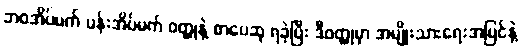
ဘဝအိပ်မက် ပန်းအိပ်မက် ဝတ္ထုနဲ့ စာပေဆု ရခဲ့ပြီး ဒီဝတ္ထုမှာ အမျိုးသားရေးအမြင်နဲ့